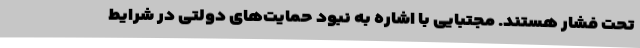
تحت فشار هستند. مجتبایی با اشاره به نبود حمایت‌های دولتی در شرایط